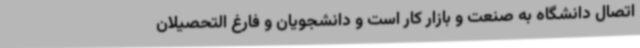
اتصال دانشگاه به صنعت و بازار کار است و دانشجویان و فارغ التحصیلان